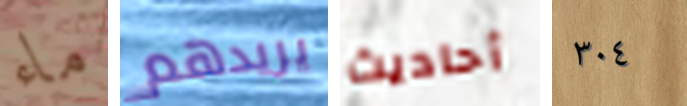
ماء يريدهم أحاديث ٣٠٤